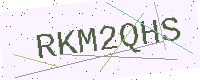
Text: RKM2QHS